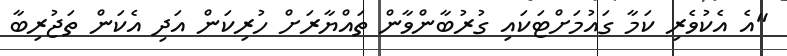
"އެ އެކުވެރި ކަމާ ގައުމަށްޓަކައި ގުރުބާންވާން ތައްޔާރަށް ހުރިކަން އަދި އެކަން ތަޖުރިބާ